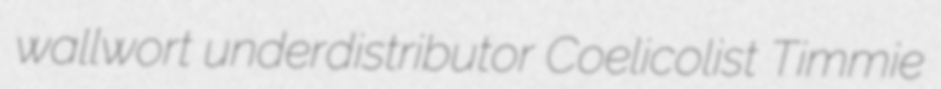
wallwort underdistributor Coelicolist Timmie